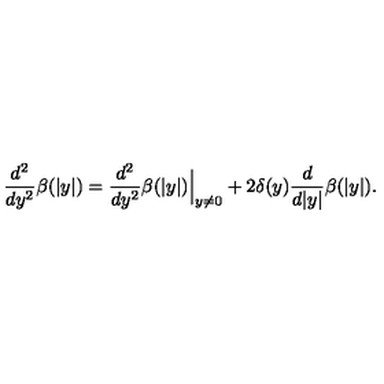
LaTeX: \frac { d ^ { 2 } } { d y ^ { 2 } } \beta ( | y | ) = \frac { d ^ { 2 } } { d y ^ { 2 } } \beta ( | y | ) \Big | _ { y \ne 0 } + 2 \delta ( y ) \frac { d } { d | y | } \beta ( | y | ) .